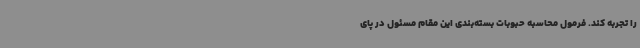
را تجربه کند. فرمول محاسبه حبوبات بسته‌بندی این مقام مسئول در پای